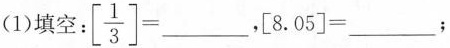
(1)填空： $$\left[ \frac{1}{3}\right] =___$$, $$[8.05]=___$$;